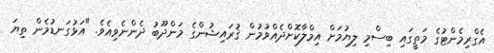
އެގްރިމެންޓުގެ މަތީގައި ބިސްމި ލިޔުމަށް އިމްލާކޮށްދެއްވުމުން ޤުރައިޝުންގެ މަންދޫބު ދެންނެވިއެވެ. "އަޅުގަނޑުމެން ތިޔަ